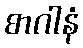
စာဂါနံ